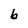
Character: b